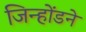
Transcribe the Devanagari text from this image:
जिन्होंडने